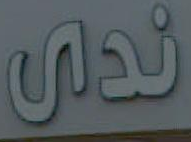
ندى